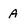
Character: a